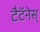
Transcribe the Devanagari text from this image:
टैटॅनेस्